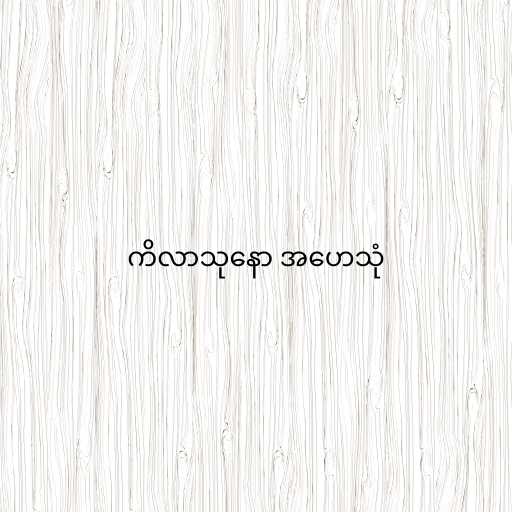
ကိလာသုနော အဟေသုံ